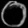
Digit: ၀